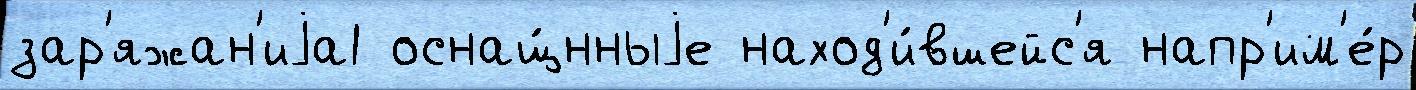
зар'яжан'иjа1 оснащ́нныjе наход'и́вшейс'я напр'им'е́р